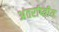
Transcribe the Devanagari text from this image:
अंतर्राष्त्रीय